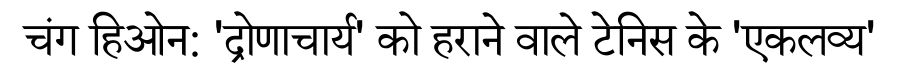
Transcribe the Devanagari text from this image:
चंग हिओन: 'द्रोणाचार्य' को हराने वाले टेनिस के 'एकलव्य'